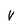
Character: V